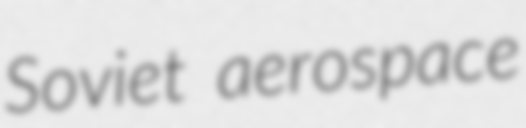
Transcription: Soviet aerospace